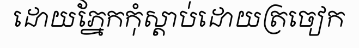
ដោយភ្នែកកុំស្តាប់ដោយត្រចៀក